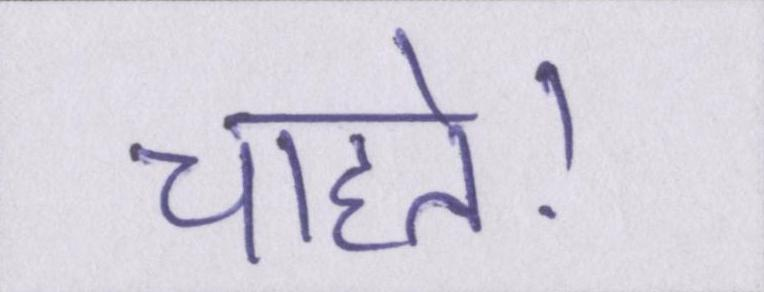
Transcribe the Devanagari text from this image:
चाहते।